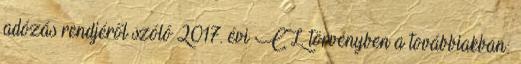
adózás rendjéről szóló 2017. évi CL. törvényben a továbbiakban: